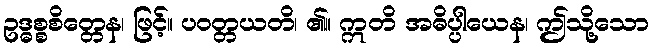
ဥဒ္ဓစ္စစိတ္တေန၊ ဖြင့်။ ပဝတ္တယတိ၊ ၏။ ဣတိ အဓိပ္ပါယေန၊ ဤသို့သော